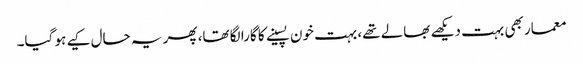
معمار بھی بہت دیکھے بھالے تھے، بہت خون پسینے کا گارا لگا تھا، پھر یہ حال کیے ہو گیا۔